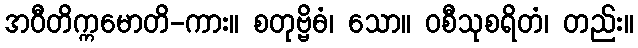
အဝီတိက္ကမောတိ-ကား။ စတုဗ္ဗိဓံ၊ သော။ ဝစီသုစရိတံ၊ တည်း။